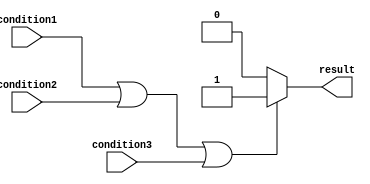
module example_module (
    input wire condition1,
    input wire condition2,
    input wire condition3,
    output reg result
);

always @*
begin
    if (condition1 || condition2 || condition3)
    begin
        // execute this block of code if any of the conditions are true
        result <= 1;
    end
    else
    begin
        // execute this block of code if none of the conditions are true
        result <= 0;
    end
end

endmodule